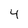
Character: 4